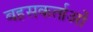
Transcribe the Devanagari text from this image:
बहसकर्ताओं